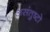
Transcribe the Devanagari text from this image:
असंतुष्टो